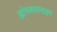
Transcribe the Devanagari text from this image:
ह्योस्क्यामाइन